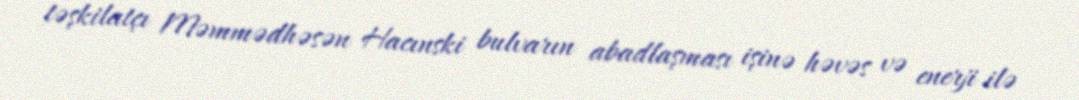
təşkilatçı Məmmədhəsən Hacınski bulvarın abadlaşması işinə həvəs və enerji ilə